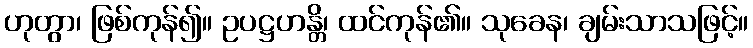
ဟုတွာ၊ ဖြစ်ကုန်၍။ ဥပဋ္ဌဟန္တိ၊ ထင်ကုန်၏။ သုခေန၊ ချမ်းသာသဖြင့်။